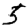
Digit: 5